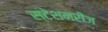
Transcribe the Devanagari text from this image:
स्टेशनरीज